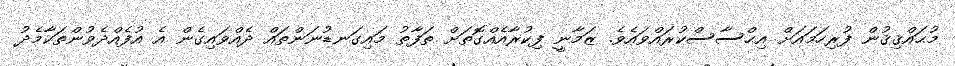
މުޙައްޤިޤުން ފުރިހަމައަށް އިޙްސާސްކުރައްވައެވެ. ޒަމާނީ ފިކުރާއެއްގޮތަށް ތަފާތު މައިގަނޑުނަންތައް ދެއްވައިގެން އެ އުފެއްދެވުންތަކާމެދު